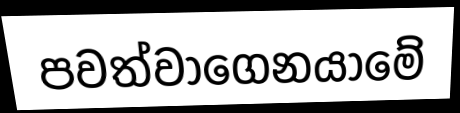
පවත්වාගෙනයාමේ